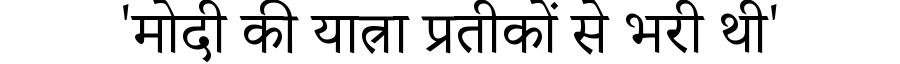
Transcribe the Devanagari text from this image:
'मोदी की यात्रा प्रतीकों से भरी थी'